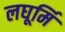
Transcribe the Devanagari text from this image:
लघूर्मि